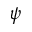
\psi